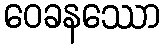
ဝေခနဿော